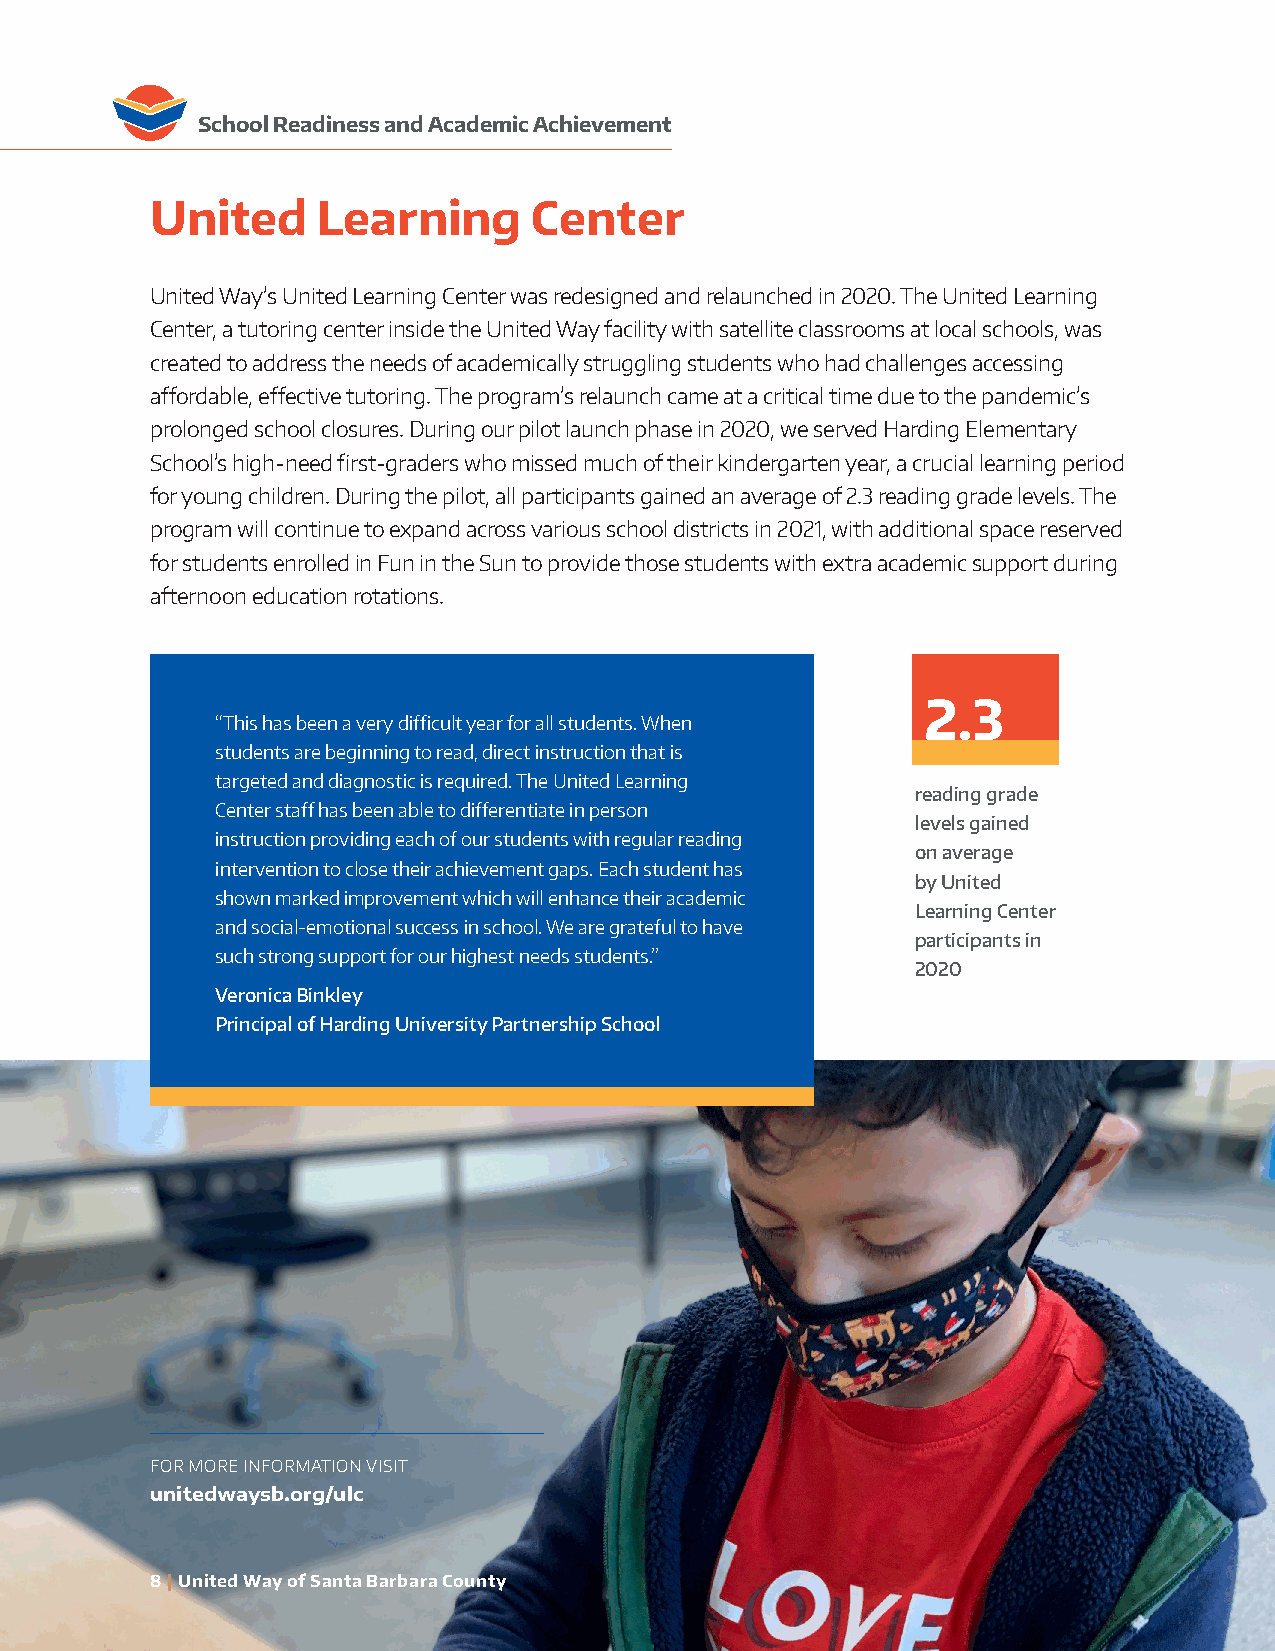
School Readiness and Academic Achievement
 United     Learning      Center
 United Way’s United Learning Center was redesigned and relaunched in 2020. The United Learning
 Center, a tutoring center inside the United Way facility with satellite classrooms at local schools, was
 created to address the needs of academically struggling students who had challenges accessing
 affordable, effective tutoring. The program’s relaunch came at a critical time due to the pandemic’s
 prolonged school closures. During our pilot launch phase in 2020, we served Harding Elementary
 School’s high-need first-graders who missed much of their kindergarten year, a crucial learning period
 for young children. During the pilot, all participants gained an average of 2.3 reading grade levels. The
 program will continue to expand across various school districts in 2021, with additional space reserved
 for students enrolled in Fun in the Sun to provide those students with extra academic support during
 afternoon education rotations.
 2.3
 “This has been a very difficult year for all students. When
 students are beginning to read, direct instruction that is
 targeted and diagnostic is required. The United Learning
 reading grade
 Center staff has been able to differentiate in person
 levels gained
 instruction providing each of our students with regular reading
 on average
 intervention to close their achievement gaps. Each student has
 by United
 shown marked improvement which will enhance their academic
 Learning Center
 and social-emotional success in school. We are grateful to have
 participants in
 such strong support for our highest needs students.”
 2020
 Veronica Binkley
 Principal of Harding University Partnership School
 FOR MORE INFORMATION VISIT
 unitedwaysb.org/ulc
 88 || UUnniitteedd WWaayy ooff SSaannttaa BBaarrbbaarraa CCoouunnttyy